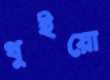
থুইয়ো